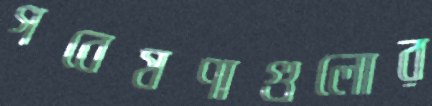
গবেষণাগুলোর